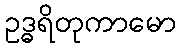
ဥဒ္ဓရိတုကာမော